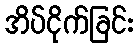
အိပ်ငိုက်ခြင်း